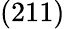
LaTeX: (211)